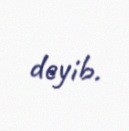
deyib.